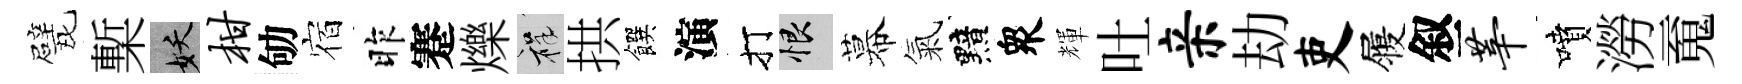
戏槧妖柑劬宿昨蹇爍祥拱饌演打恨幕氣黯衆輝吐亲劫吏履叙莘噴澇䰟